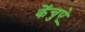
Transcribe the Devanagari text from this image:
केंचुऐ